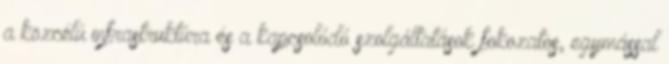
a közcélú infrastruktúra és a kapcsolódó szolgáltatások fokozatos, egymással